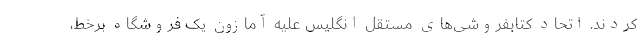
کردند. اتحاد کتابفروشی‌های مستقل انگلیس علیه آمازون یک فروشگاه برخط،